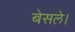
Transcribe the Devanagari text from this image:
बेसले।